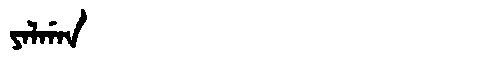
Manchu: ᠶᠠᠯᡤᠠᠨ
Romanization: YALGAN